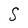
Character: S